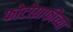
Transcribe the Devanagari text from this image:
फोटोग्राफीच्या